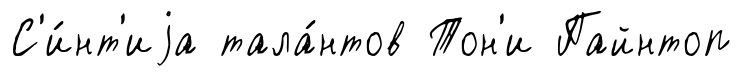
С'и́нт'иjа тала́нтов Тон'и Пайнтоп